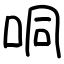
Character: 哃